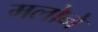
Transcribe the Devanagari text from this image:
मलोने